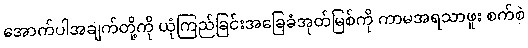
အောက်ပါအချက်တို့ကို ယုံကြည်ခြင်းအခြေခံအုတ်မြစ်ကို ကာမအရသာဖူး စက်စဲ